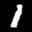
Label: 1